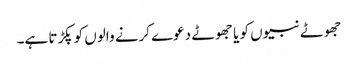
جھوٹے نبیوں کو یا جھوٹے دعوے کرنے والوں کو پکڑتا ہے۔